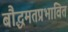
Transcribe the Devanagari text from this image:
बौद्धमतप्रभावित